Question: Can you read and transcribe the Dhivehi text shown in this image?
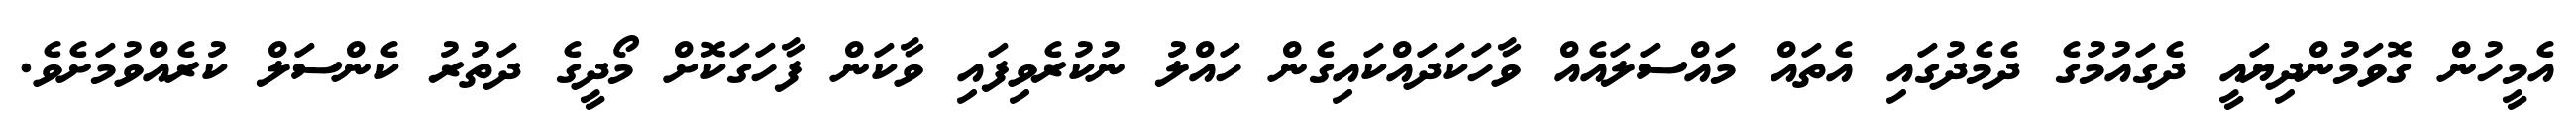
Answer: އެމީހުން ގޮވަމުންދިޔައީ ދެގައުމުގެ ދެމެދުގައި އެތައް މައްސަލައެއް ވާހަކަދައްކައިގެން ހައްލު ނުކުރެވިފައި ވާކަން ފާހަގަކޮށް މޯދީގެ ދަތުރު ކެންސަލް ކުރެއްވުމަށެވެ.